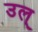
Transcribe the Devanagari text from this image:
उल्‌